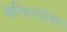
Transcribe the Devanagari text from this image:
कन्फिग्यरेशन